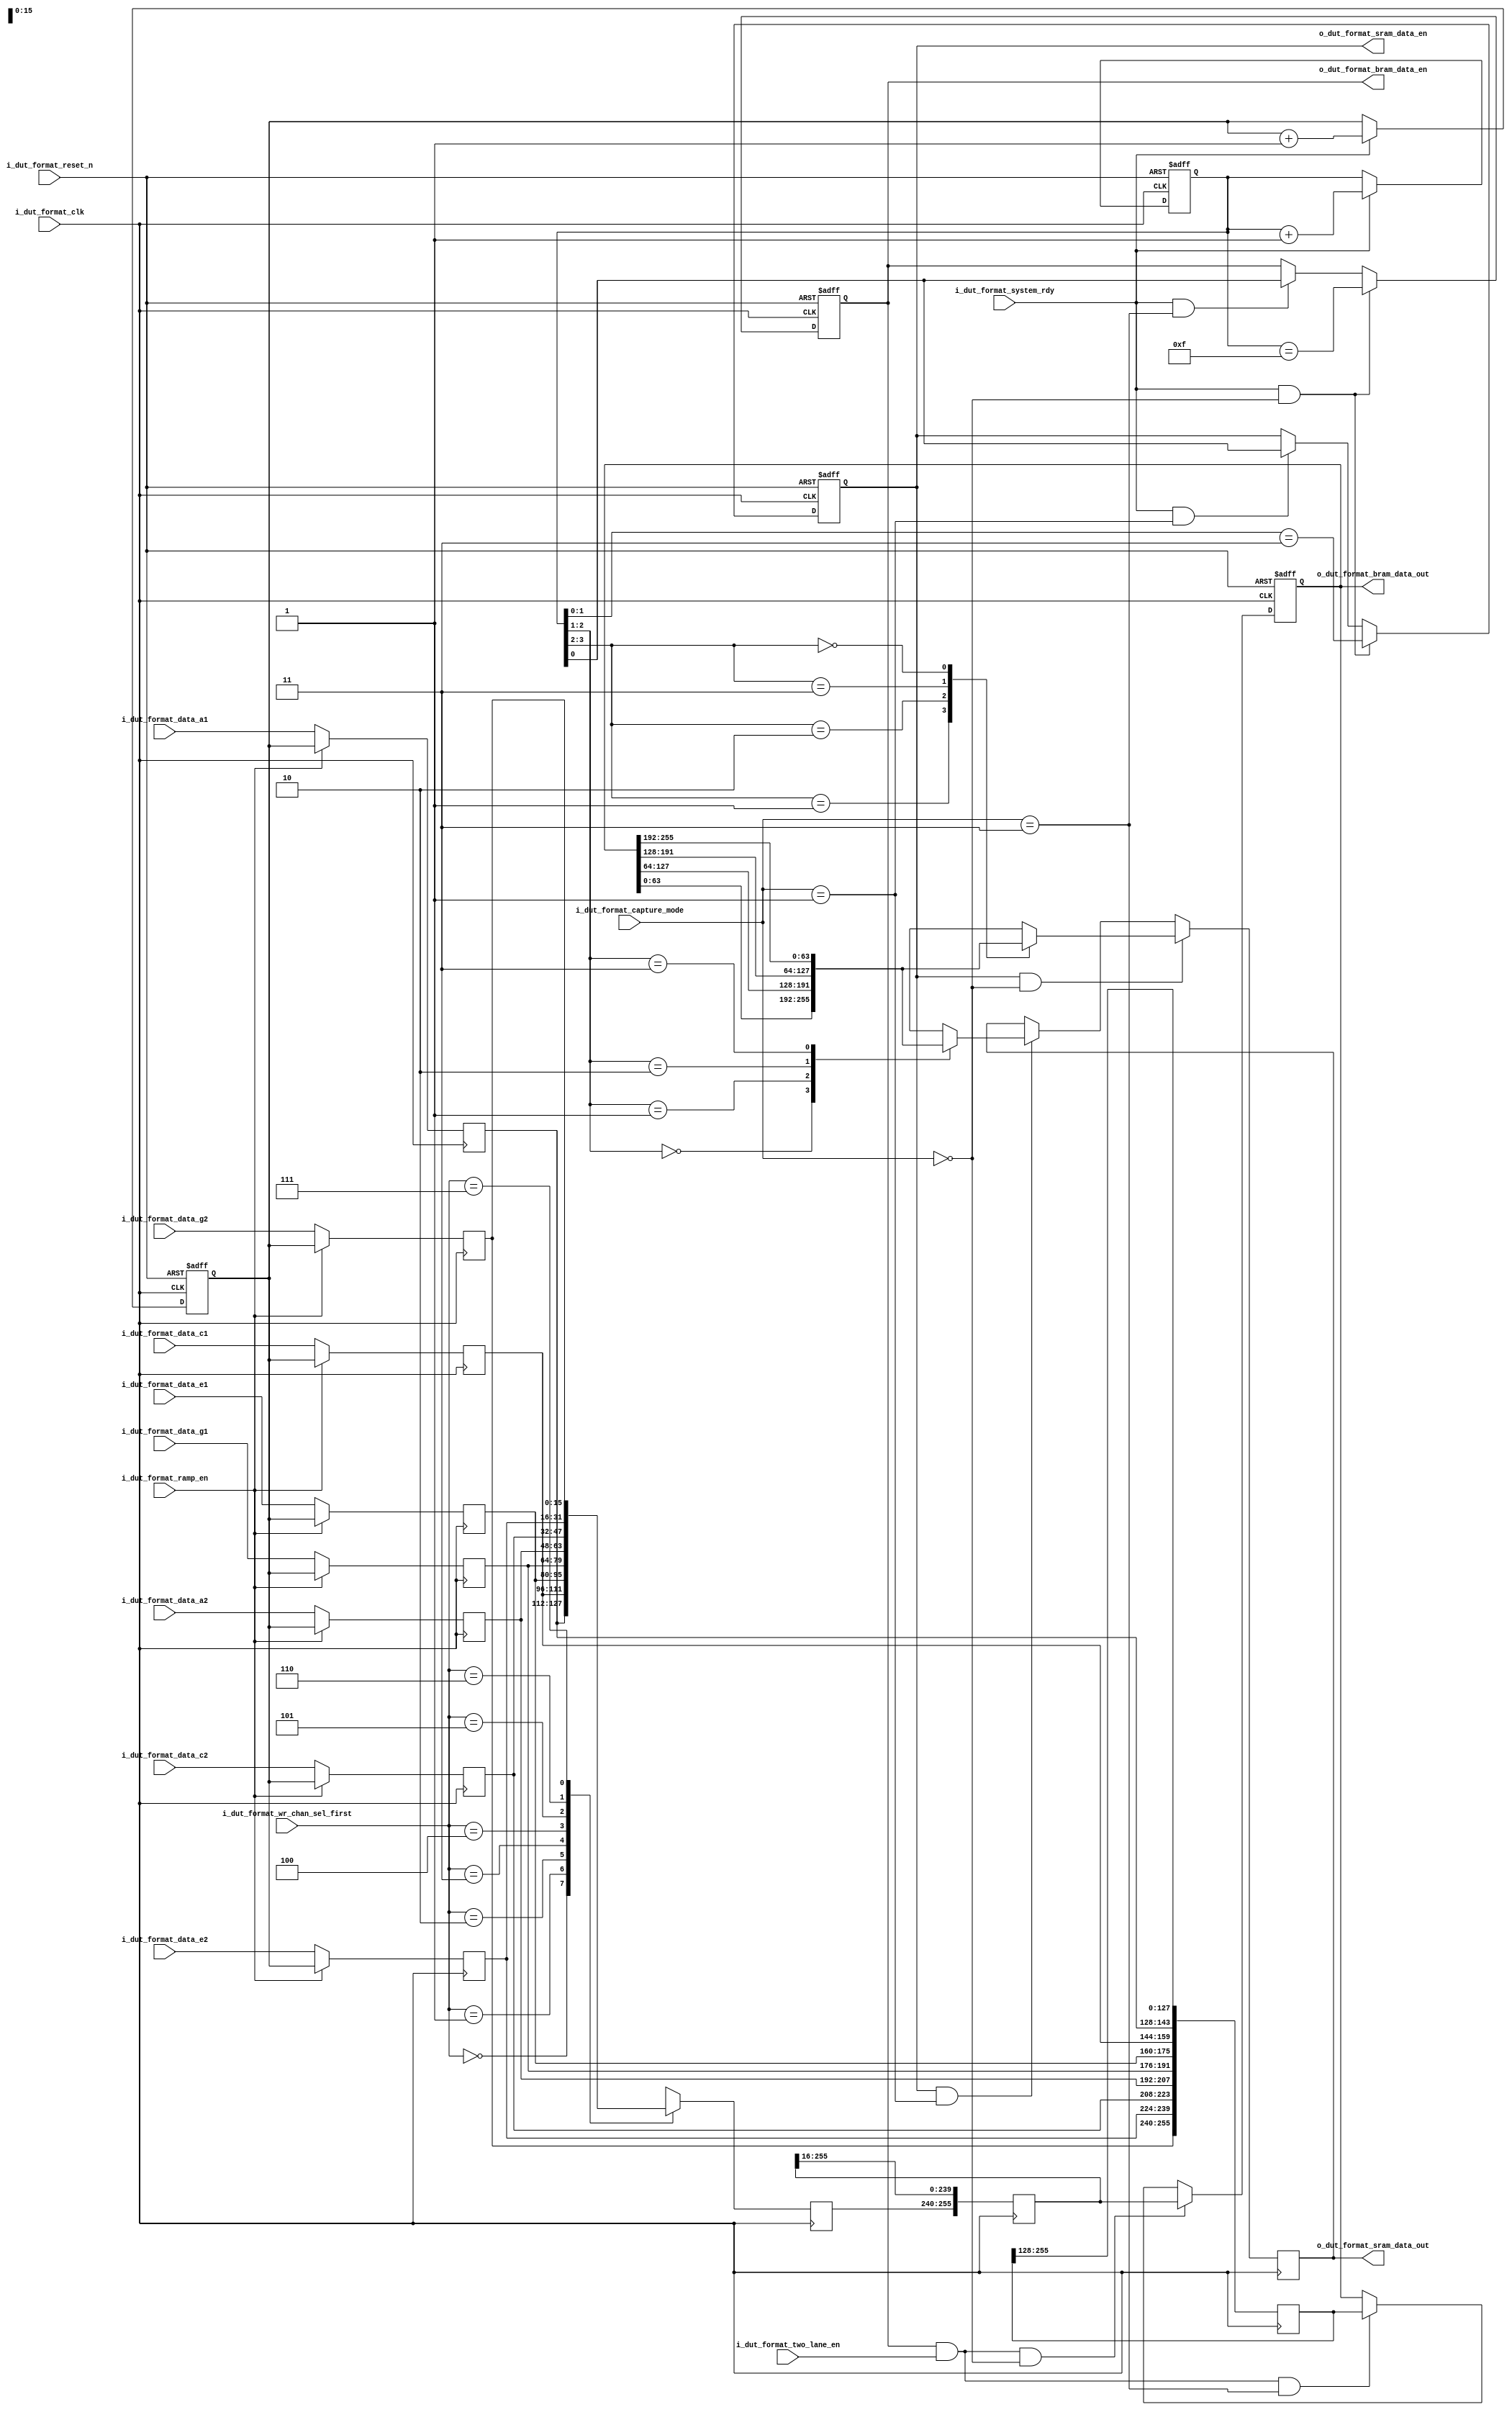
//////////////////////////////////////////////////////////////////////////////////
// Company: 		Analog Devices, Inc.
//////////////////////////////////////////////////////////////////////////////////
module dut_format #
   (
    parameter ADC_MAX_DATA_SIZE = 16,
    parameter BRAM_WORD_NUM     = 16,
    parameter SRAM_WORD_NUM     = 4
   )
   (
   //============================================= 
   // Data, Clock and Control Inputs    
   //============================================= 

   // Input data
   input  [ADC_MAX_DATA_SIZE-1:0]                   i_dut_format_data_a1, // Channel A1
   input  [ADC_MAX_DATA_SIZE-1:0]                   i_dut_format_data_c1, // Channel B1
   input  [ADC_MAX_DATA_SIZE-1:0]                   i_dut_format_data_e1, // Channel C1
   input  [ADC_MAX_DATA_SIZE-1:0]                   i_dut_format_data_g1, // Channel D1
   input  [ADC_MAX_DATA_SIZE-1:0]                   i_dut_format_data_a2, // Channel A2
   input  [ADC_MAX_DATA_SIZE-1:0]                   i_dut_format_data_c2, // Channel B2
   input  [ADC_MAX_DATA_SIZE-1:0]                   i_dut_format_data_e2, // Channel C2
   input  [ADC_MAX_DATA_SIZE-1:0]                   i_dut_format_data_g2, // Channel D2
   
   // Input data clock
   input                                            i_dut_format_clk,

   // Active low, master reset from FIFO5 USB controller
   input                                            i_dut_format_reset_n,

   // Data capture mode select
   input  [2:0]                                     i_dut_format_capture_mode,
   
   // 2 lane mode enable
   input                                            i_dut_format_two_lane_en,

   // Debug ramp enable
   input                                            i_dut_format_ramp_en,
        
   // Channel select for single channel capture mode
   input  [2:0]                                     i_dut_format_wr_chan_sel_first,
   
   // System ready signal, MMCM is locked and settled
   input                                            i_dut_format_system_rdy,
   
   //============================================= 
   // Data Outputs    
   //============================================= 
   
   // Data enable signal for block RAM
   output                                           o_dut_format_bram_data_en,
  
   // Data outputs for block RAM
   output     [ADC_MAX_DATA_SIZE*BRAM_WORD_NUM-1:0] o_dut_format_bram_data_out,

   // Data enable signal for SRAM
   output                                           o_dut_format_sram_data_en,
  
   // Data outputs for SRAM
   output     [ADC_MAX_DATA_SIZE*SRAM_WORD_NUM-1:0] o_dut_format_sram_data_out
      
   );

   //==========================================================================
   // REGS & WIRES
   //==========================================================================
   reg                                              dut_format_bram_data_en;
   reg                                              dut_format_sram_data_en;
   reg  [3:0]                                       dut_format_en_count;
   reg  [ADC_MAX_DATA_SIZE-1:0]                     dut_format_data_a1;
   reg  [ADC_MAX_DATA_SIZE-1:0]                     dut_format_data_c1;
   reg  [ADC_MAX_DATA_SIZE-1:0]                     dut_format_data_e1;
   reg  [ADC_MAX_DATA_SIZE-1:0]                     dut_format_data_g1;
   reg  [ADC_MAX_DATA_SIZE-1:0]                     dut_format_data_a2;
   reg  [ADC_MAX_DATA_SIZE-1:0]                     dut_format_data_c2;
   reg  [ADC_MAX_DATA_SIZE-1:0]                     dut_format_data_e2;
   reg  [ADC_MAX_DATA_SIZE-1:0]                     dut_format_data_g2;
   reg  [ADC_MAX_DATA_SIZE-1:0]                     dut_format_ramp_up;
   reg  [ADC_MAX_DATA_SIZE-1:0]                     dut_format_ramp_dn;
   reg  [ADC_MAX_DATA_SIZE-1:0]                     dut_format_wr_chan8_first;
   reg  [ADC_MAX_DATA_SIZE*BRAM_WORD_NUM-1:0]       dut_format_wr_first8_pipe;
   reg  [ADC_MAX_DATA_SIZE*BRAM_WORD_NUM-1:0]       dut_format_wr_octal_pipe;
   reg  [ADC_MAX_DATA_SIZE*BRAM_WORD_NUM-1:0]       dut_format_bram_data_out;
   reg  [ADC_MAX_DATA_SIZE*SRAM_WORD_NUM-1:0]       dut_format_sram_data_out;
   
   //==========================================================================
   // ASSIGNMENTS
   //==========================================================================
   
   
   //==========================================================================
   // Keep track of enable count
   //==========================================================================
   always @(posedge i_dut_format_clk or negedge i_dut_format_reset_n)
      if(i_dut_format_reset_n == 1'b0)
         dut_format_en_count <= 4'b0;
      else if(i_dut_format_system_rdy == 1'b1)
         dut_format_en_count <= dut_format_en_count + 1;

   //==========================================================================
   // Generate debug ramp
   //==========================================================================
   always @(posedge i_dut_format_clk or negedge i_dut_format_reset_n)
      if(i_dut_format_reset_n == 1'b0)
         begin
            dut_format_ramp_up <= {ADC_MAX_DATA_SIZE{1'b0}};
            dut_format_ramp_dn <= {ADC_MAX_DATA_SIZE{1'b1}};
         end
      else if(i_dut_format_system_rdy == 1'b1)
         begin
            dut_format_ramp_up <= dut_format_ramp_up + 1;
            dut_format_ramp_dn <= dut_format_ramp_dn - 1;
         end

   //==========================================================================
   // Select data or debug ramp
   //==========================================================================
   always @(posedge i_dut_format_clk)
      if(i_dut_format_ramp_en == 1'b1)
         begin
            dut_format_data_a1 <= dut_format_ramp_up;
            dut_format_data_c1 <= dut_format_ramp_up;
            dut_format_data_e1 <= dut_format_ramp_up;
            dut_format_data_g1 <= dut_format_ramp_up;
            dut_format_data_a2 <= dut_format_ramp_up;
            dut_format_data_c2 <= dut_format_ramp_up;
            dut_format_data_e2 <= dut_format_ramp_up;
            dut_format_data_g2 <= dut_format_ramp_up;
         end
      else
         begin
            dut_format_data_a1 <= i_dut_format_data_a1;
            dut_format_data_c1 <= i_dut_format_data_c1;
            dut_format_data_e1 <= i_dut_format_data_e1;
            dut_format_data_g1 <= i_dut_format_data_g1;
            dut_format_data_a2 <= i_dut_format_data_a2;
            dut_format_data_c2 <= i_dut_format_data_c2;
            dut_format_data_e2 <= i_dut_format_data_e2;
            dut_format_data_g2 <= i_dut_format_data_g2;
         end         
      
   //==========================================================================
   // Select channel for single capture mode
   // when in dual-lane, 8-channel mode
   //==========================================================================  
   always @(posedge i_dut_format_clk)
      case(i_dut_format_wr_chan_sel_first[2:0])
         3'b000:   dut_format_wr_chan8_first <= dut_format_data_a1;
         3'b001:   dut_format_wr_chan8_first <= dut_format_data_c1;
         3'b010:   dut_format_wr_chan8_first <= dut_format_data_e1;
         3'b011:   dut_format_wr_chan8_first <= dut_format_data_g1;
         3'b100:   dut_format_wr_chan8_first <= dut_format_data_a2;
         3'b101:   dut_format_wr_chan8_first <= dut_format_data_c2;
         3'b110:   dut_format_wr_chan8_first <= dut_format_data_e2;
         3'b111:   dut_format_wr_chan8_first <= dut_format_data_g2;
         default:  dut_format_wr_chan8_first <= dut_format_data_a1;
      endcase
      
   //==========================================================================
   // Pipeline data for all capture modes
   //==========================================================================
   always @(posedge i_dut_format_clk)
      dut_format_wr_first8_pipe <= {dut_format_wr_chan8_first, dut_format_wr_first8_pipe[ADC_MAX_DATA_SIZE*BRAM_WORD_NUM-1:ADC_MAX_DATA_SIZE]}; 

   always @(posedge i_dut_format_clk)
      dut_format_wr_octal_pipe <= {dut_format_data_g2, dut_format_data_e2, 
                                   dut_format_data_c2, dut_format_data_a2, 
                                   dut_format_data_g1, dut_format_data_e1, 
                                   dut_format_data_c1, dut_format_data_a1, 
                                   dut_format_wr_octal_pipe[ADC_MAX_DATA_SIZE*BRAM_WORD_NUM-1:ADC_MAX_DATA_SIZE*8]}; 

   //==========================================================================
   // Generate block RAM output enable signal 
   //==========================================================================
   always @(posedge i_dut_format_clk or negedge i_dut_format_reset_n)
      if(i_dut_format_reset_n == 1'b0)
         dut_format_bram_data_en <= 1'b0;
      else if((i_dut_format_system_rdy == 1'b1) && (i_dut_format_capture_mode == 3'b000))
         dut_format_bram_data_en <= (dut_format_en_count[3:0] == 4'b1111);
      else if((i_dut_format_system_rdy == 1'b1) && (i_dut_format_capture_mode == 3'b011))
         dut_format_bram_data_en <= (dut_format_en_count[0]   == 1'b1); 

   assign o_dut_format_bram_data_en = dut_format_bram_data_en;

   //==========================================================================
   // Register block RAM output data
   //
   // BRAM_WORD_NUM = 16
   //
   // Data format for each capture mode is as follows:
   //
   // Single channel capture = f15,f14,f13,f12,f11,f10,f9,f8,f7,f6,f5,f4,f3,f2,f1,f0
   //   
   // Octal channel capture = h1, g1, g1, e1, d1, c1, b1, a1, h0, g0, f0, e0, d0, c0, b0, a0
   //    
   //==========================================================================
   always @(posedge i_dut_format_clk or negedge i_dut_format_reset_n)
      if(i_dut_format_reset_n == 1'b0)
         dut_format_bram_data_out <= {ADC_MAX_DATA_SIZE*BRAM_WORD_NUM{1'b0}};           
      else if((o_dut_format_bram_data_en == 1'b1) && (i_dut_format_two_lane_en == 1'b1) && (i_dut_format_capture_mode == 3'b000))
         dut_format_bram_data_out <= dut_format_wr_first8_pipe;                        
      else if((o_dut_format_bram_data_en == 1'b1) && (i_dut_format_two_lane_en == 1'b1) && (i_dut_format_capture_mode == 3'b011))
         dut_format_bram_data_out <= dut_format_wr_octal_pipe;
      
	assign o_dut_format_bram_data_out = dut_format_bram_data_out;

   //==========================================================================
   // Generate SRAM output enable signal 
   //==========================================================================
   always @(posedge i_dut_format_clk or negedge i_dut_format_reset_n)
      if(i_dut_format_reset_n == 1'b0)
         dut_format_sram_data_en <= 1'b0;
      else if((i_dut_format_system_rdy == 1'b1) && (i_dut_format_capture_mode == 3'b000))
         dut_format_sram_data_en <= (dut_format_en_count[1:0] == 2'b11);
      else if((i_dut_format_system_rdy == 1'b1) && (i_dut_format_capture_mode == 3'b001))
         dut_format_sram_data_en <= (dut_format_en_count[0] == 1'b1);

   assign o_dut_format_sram_data_en = dut_format_sram_data_en;

   //==========================================================================
   // Register SRAM output data
   //
   // SRAM_WORD_NUM = 4
   //
   // Data format for each capture mode is as follows:
   //
   // Single channel capture = f3,f2,f1,f0
   //
   // Dual channel capture = s1, f1, s0, f0  (f = first channel, s = second channel)
   //
   //==========================================================================
   always @(posedge i_dut_format_clk)
      if((o_dut_format_sram_data_en == 1'b1) && (i_dut_format_capture_mode == 3'b000))
          case(dut_format_en_count[3:2])
             2'b01:   dut_format_sram_data_out <= dut_format_bram_data_out[ 63:  0];
             2'b10:   dut_format_sram_data_out <= dut_format_bram_data_out[127: 64];
             2'b11:   dut_format_sram_data_out <= dut_format_bram_data_out[191:128];
             2'b00:   dut_format_sram_data_out <= dut_format_bram_data_out[255:192];
             default: dut_format_sram_data_out <= {ADC_MAX_DATA_SIZE*SRAM_WORD_NUM{1'b0}};
          endcase
       else if((o_dut_format_sram_data_en == 1'b1) && (i_dut_format_capture_mode == 3'b001))
          case(dut_format_en_count[2:1])
             2'b00:   dut_format_sram_data_out <= dut_format_bram_data_out[ 63:  0];
             2'b01:   dut_format_sram_data_out <= dut_format_bram_data_out[127: 64];
             2'b10:   dut_format_sram_data_out <= dut_format_bram_data_out[191:128];
             2'b11:   dut_format_sram_data_out <= dut_format_bram_data_out[255:192];
             default: dut_format_sram_data_out <= {ADC_MAX_DATA_SIZE*SRAM_WORD_NUM{1'b0}};
          endcase
         
   assign o_dut_format_sram_data_out = dut_format_sram_data_out;

endmodule